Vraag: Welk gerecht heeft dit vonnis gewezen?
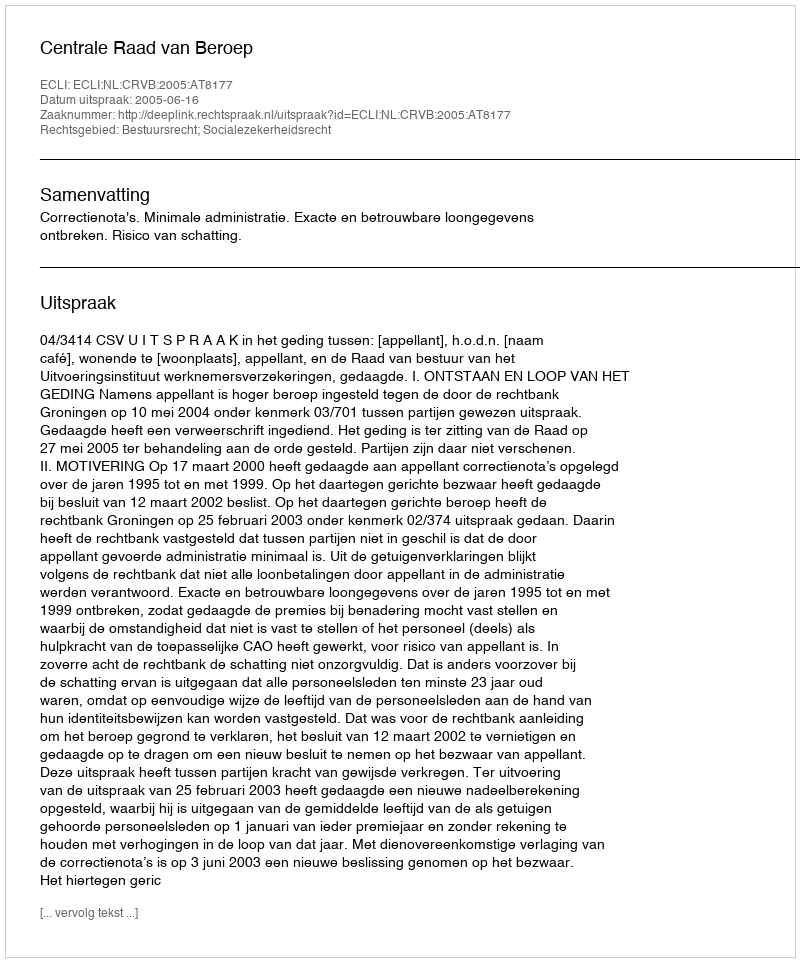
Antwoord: Centrale Raad van Beroep